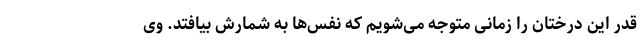
قدر این درختان را زمانی متوجه می‌شویم که نفس‌ها به شمارش بیافتد. وی